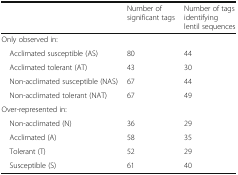
|  | Number of significant tags | Number of tags identifying lentil sequences |
 | --- | --- | --- |
 | <COLSPAN=3> Only observed in: |
 | Acclimated susceptible (AS) | 80 | 44 |
 | Acclimated tolerant (AT) | 43 | 30 |
 | Non-acclimated susceptible (NAS) | 67 | 44 |
 | Non-acclimated tolerant (NAT) | 67 | 49 |
 | <COLSPAN=3> Over-represented in: |
 | Non-acclimated (N) | 36 | 29 |
 | Acclimated (A) | 58 | 35 |
 | Tolerant (T) | 52 | 29 |
 | Susceptible (S) | 61 | 40 |